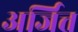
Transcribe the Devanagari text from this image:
अर्जित्त